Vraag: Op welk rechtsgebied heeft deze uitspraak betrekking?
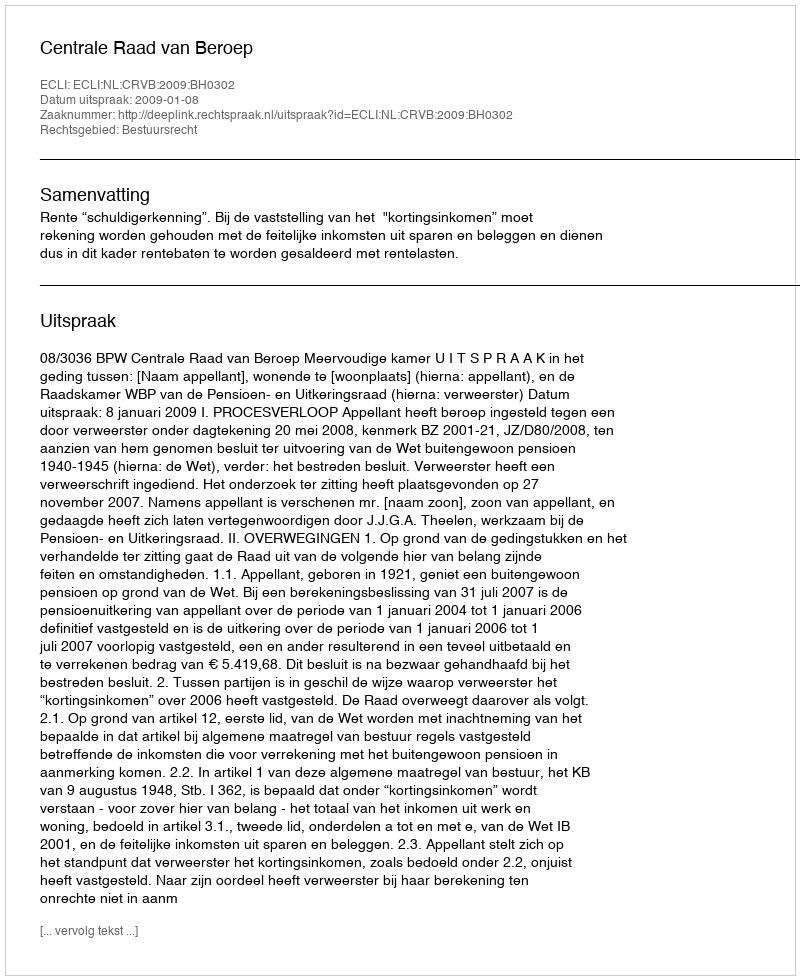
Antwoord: Bestuursrecht